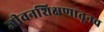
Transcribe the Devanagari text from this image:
जीवनशिक्षणातूनच